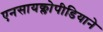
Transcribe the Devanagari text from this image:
एनसायक्लोपीडियाने